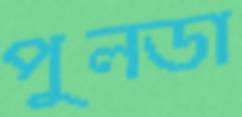
পুলডা